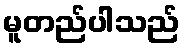
မူတည်ပါသည်